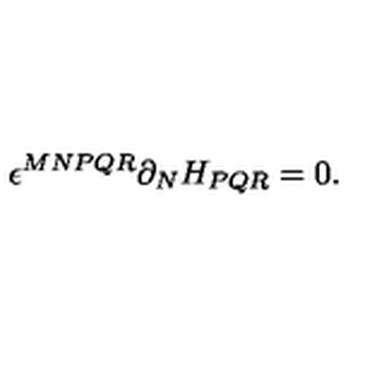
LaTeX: \epsilon ^ { M N P Q R } \partial _ { N } H _ { P Q R } = 0 .